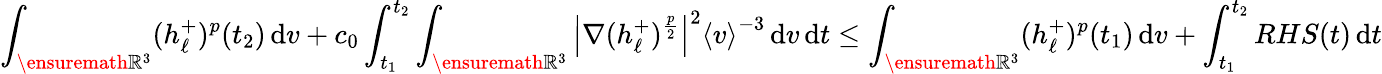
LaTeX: \int_{\ensuremath{{\mathbb R}}^{3}}(h_{\ell}^{+})^{p}(t_{2})\, \mathrm{d}v+c_{0}\int_{t_{1}}^{t_{2}}\int_{\ensuremath{{\mathbb R}}^{3}}\left\vert\nabla(h_{\ell}^{+})^{\frac{p}{2}}\right\vert^{2}\left\langle v\right\rangle^{-3}\, \mathrm{d}v\, \mathrm{d}t\le\int_{\ensuremath{{\mathbb R}}^{3}}(h_{\ell}^{+})^{p}(t_{1})\, \mathrm{d}v+\int_{t_{1}}^{t_{2}}RHS(t)\, \mathrm{d}t